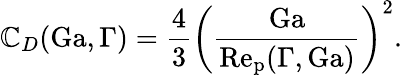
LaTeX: \mathbb{C}_{D}(\mathrm{{Ga}},\Gamma)=\frac{{4}}{{3}}\bigg(\frac{{\mathrm{{Ga}}}}{{\mathrm{{Re_{p}}}(\Gamma,\mathrm{{Ga}})}}\bigg)^{2}.